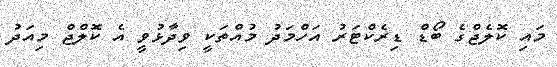
މައި ކޮލެޖްގެ ބޯޑް ޑިރެކްޓަރު އަހްމަދު މުއްތަކީ ވިދާޅުވީ އެ ކޮލްޖް މިއަދު